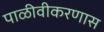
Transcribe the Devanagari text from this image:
पाळीवीकरणास